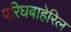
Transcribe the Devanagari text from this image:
परिघबाहेरिल